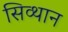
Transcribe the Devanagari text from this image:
सिव्थान